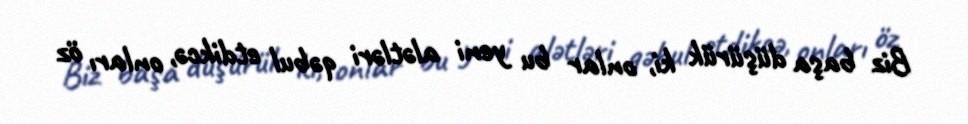
Biz başa düşürük ki, onlar bu yeni alətləri qəbul etdikcə, onları öz